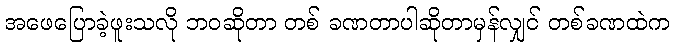
အဖေပြောခဲ့ဖူးသလို ဘဝဆိုတာ တစ် ခဏတာပါဆိုတာမှန်လျှင် တစ်ခဏထဲက